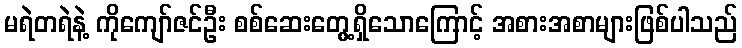
မရဲတရဲနဲ့ ကိုကျော်ဇင်ဦး စစ်ဆေးတွေ့ရှိသောကြောင့် အစားအစာများဖြစ်ပါသည်